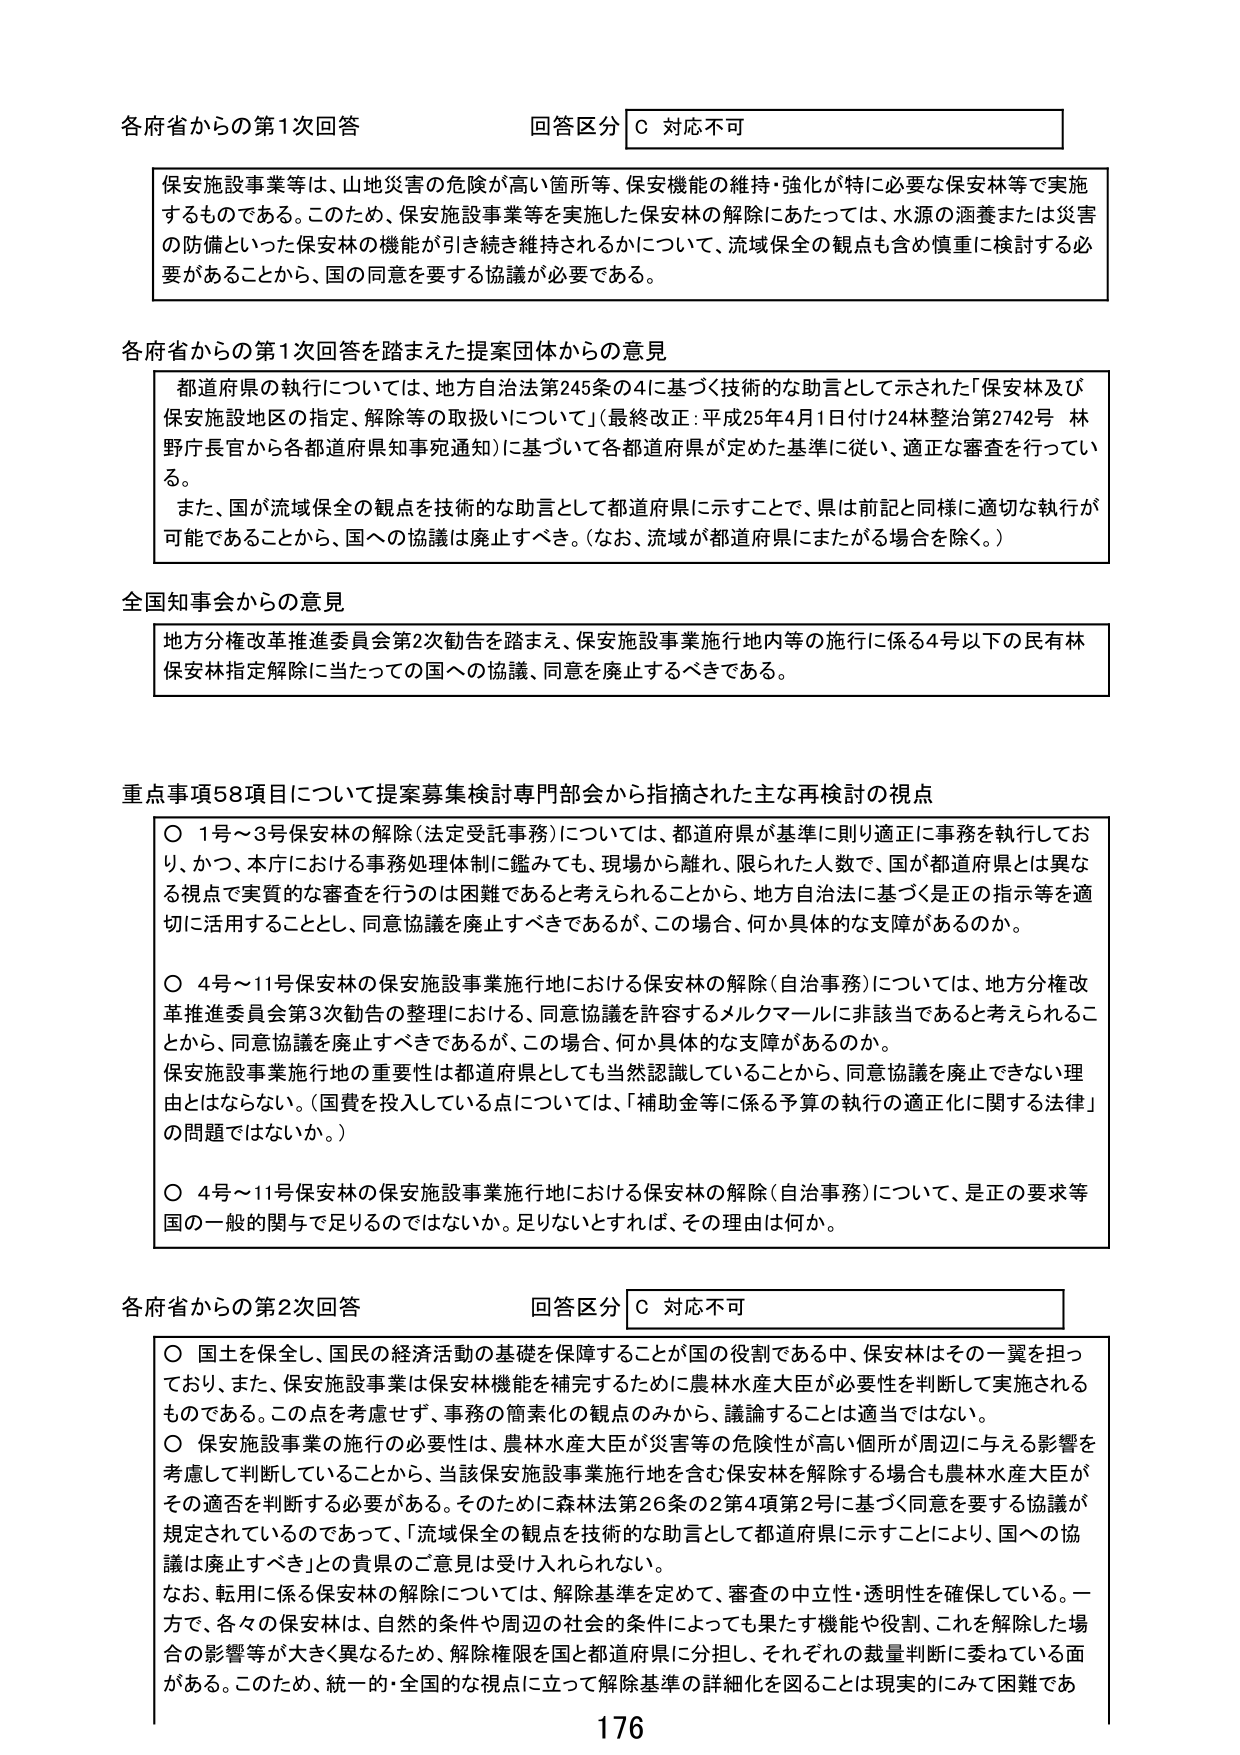
各府省からの第1次回答 回答区分 C 対応不可

保安施設事業等は、山地災害の危険が高い箇所等、保安機能の維持・強化が特に必要な保安林等で実施するものである。このため、保安施設事業等を実施した保安林の解除にあたっては、水源の涵養または災害の防備といった保安林の機能が引き続き維持されるかについて、流域保全の観点も含め慎重に検討する必要があることから、国の同意を要する協議が必要である。

各府省からの第1次回答を踏まえた提案団体からの意見

都道府県の執行については、地方自治法第245条の4に基づく技術的な助言として示された「保安林及び保安施設地区の指定、解除等の取扱いについて」（最終改正：平成25年4月1日付け24林整治第2742号 林野庁長官から各都道府県知事宛通知）に基づいて各都道府県が定めた基準に従い、適正な審査を行っている。

また、国が流域保全の観点を技術的な助言として都道府県に示すことで、県は前記と同様に適切な執行が可能であることから、国への協議は廃止すべき。（なお、流域が都道府県にまたがる場合を除く。）

全国知事会からの意見

地方分権改革推進委員会第2次勧告を踏まえ、保安施設事業施行地内等の施行に係る4号以下の民有林保安林指定解除に当たっての国への協議、同意を廃止するべきである。

重点事項58項目について提案募集検討専門部会から指摘された主な再検討の視点

○ 1号～3号保安林の解除（法定受託事務）については、都道府県が基準に則り適正に事務を執行しており、かつ、本庁における事務処理体制に鑑みても、現場から離れ、限られた人数で、国が都道府県とは異なる視点で実質的な審査を行うのは困難であると考えられることから、地方自治法に基づく是正の指示等を適切に活用することとし、同意協議を廃止すべきであるが、この場合、何か具体的な支障があるのか。

○ 4号～11号保安林の保安施設事業施行地における保安林の解除（自治事務）については、地方分権改革推進委員会第3次勧告の整理における、同意協議を許容するメルクマールに非該当であると考えられることから、同意協議を廃止すべきであるが、この場合、何か具体的な支障があるのか。

保安施設事業施行地の重要性は都道府県としても当然認識していることから、同意協議を廃止できない理由とはならない。（国費を投入している点については、「補助金等に係る予算の執行の適正化に関する法律」の問題ではないか。）

○ 4号～11号保安林の保安施設事業施行地における保安林の解除（自治事務）について、是正の要求等国の一般的関与で足りるのではないか。足りないとすれば、その理由は何か。

各府省からの第2次回答 回答区分 C 対応不可

○ 国土を保全し、国民の経済活動の基礎を保障することが国の役割である中、保安林はその一翼を担っており、また、保安施設事業は保安林機能を補完するために農林水産大臣が必要性を判断して実施されるものである。この点を考慮せず、事務の簡素化の観点のみから、議論することは適当ではない。

○ 保安施設事業の施行の必要性は、農林水産大臣が災害等の危険性が高い個所が周辺に与える影響を考慮して判断していることから、当該保安施設事業施行地を含む保安林を解除する場合も農林水産大臣がその適否を判断する必要がある。そのために森林法第26条の2第4項第2号に基づく同意を要する協議が規定されているのであって、「流域保全の観点を技術的な助言として都道府県に示すことにより、国への協議は廃止すべき」との貴県のご意見は受け入れられない。

なお、転用に係る保安林の解除については、解除基準を定めて、審査の中立性・透明性を確保している。一方で、各々の保安林は、自然的条件や周辺の社会的条件によっても果たす機能や役割、これを解除した場合の影響等が大きく異なるため、解除権限を国と都道府県に分担し、それぞれの裁量判断に委ねている面がある。このため、統一的・全国的な視点に立って解除基準の詳細化を図ることは現実的にみて困難であ

176